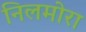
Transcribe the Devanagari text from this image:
निलमोरा